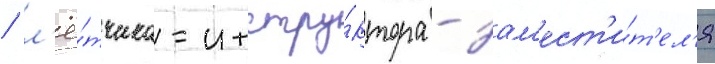
/ л'ё́тчика-инстру́ктора - зам'ест'и́т'ел'я